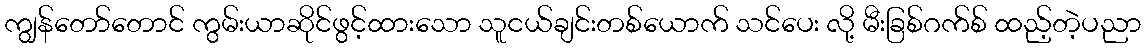
ကျွန်တော်တောင် ကွမ်းယာဆိုင်ဖွင့်ထားသော သူငယ်ချင်းတစ်ယောက် သင်ပေး လို့ မီးခြစ်ဂက်စ် ထည့်တဲ့ပညာ